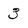
Character: 3